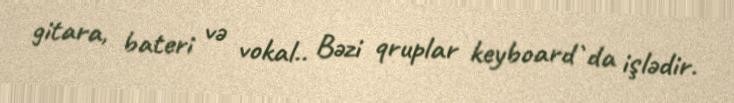
gitara, bateri və vokal.. Bəzi qruplar keyboard`da işlədir.